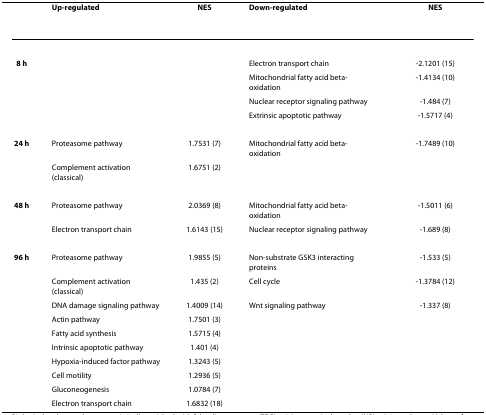
<table><thead><tr><td></td><td><b>Up-regulated</b></td><td><b>NES</b></td><td><b>Down-regulated</b></td><td><b>NES</b></td></tr></thead><tbody><tr><td><b>8 h</b></td><td></td><td></td><td>Electron transport chain</td><td>-2.1201 (15)</td></tr><tr><td></td><td></td><td></td><td>Mitochondrial fatty acid beta-oxidation</td><td>-1.4134 (10)</td></tr><tr><td></td><td></td><td></td><td>Nuclear receptor signaling pathway</td><td>-1.484 (7)</td></tr><tr><td></td><td></td><td></td><td>Extrinsic apoptotic pathway</td><td>-1.5717 (4)</td></tr><tr><td><b>24 h</b></td><td>Proteasome pathway</td><td>1.7531 (7)</td><td>Mitochondrial fatty acid beta-oxidation</td><td>-1.7489 (10)</td></tr><tr><td></td><td>Complement activation (classical)</td><td>1.6751 (2)</td><td></td><td></td></tr><tr><td><b>48 h</b></td><td>Proteasome pathway</td><td>2.0369 (8)</td><td>Mitochondrial fatty acid beta-oxidation</td><td>-1.5011 (6)</td></tr><tr><td></td><td>Electron transport chain</td><td>1.6143 (15)</td><td>Nuclear receptor signaling pathway</td><td>-1.689 (8)</td></tr><tr><td><b>96 h</b></td><td>Proteasome pathway</td><td>1.9855 (5)</td><td>Non-substrate GSK3 interacting proteins</td><td>-1.533 (5)</td></tr><tr><td></td><td>Complement activation (classical)</td><td>1.435 (2)</td><td>Cell cycle</td><td>-1.3784 (12)</td></tr><tr><td></td><td>DNA damage signaling pathway</td><td>1.4009 (14)</td><td>Wnt signaling pathway</td><td>-1.337 (8)</td></tr><tr><td></td><td>Actin pathway</td><td>1.7501 (3)</td><td></td><td></td></tr><tr><td></td><td>Fatty acid synthesis</td><td>1.5715 (4)</td><td></td><td></td></tr><tr><td></td><td>Intrinsic apoptotic pathway</td><td>1.401 (4)</td><td></td><td></td></tr><tr><td></td><td>Hypoxia-induced factor pathway</td><td>1.3243 (5)</td><td></td><td></td></tr><tr><td></td><td>Cell motility</td><td>1.2936 (5)</td><td></td><td></td></tr><tr><td></td><td>Gluconeogenesis</td><td>1.0784 (7)</td><td></td><td></td></tr><tr><td></td><td>Electron transport chain</td><td>1.6832 (18)</td><td></td><td></td></tr></tbody></table>